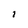
Character: I